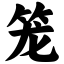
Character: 笼